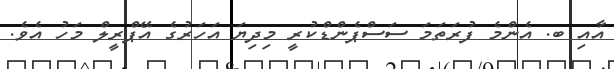
އާއި ބ. އެންމެ ފުރަތަމަ ސަސްޕެންޑްކުރީ މިދިޔަ އަހަރުގެ އޭޕްރީލް މަހު އެވެ.